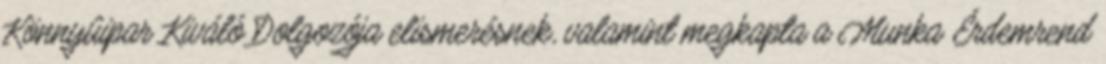
Könnyûipar Kiváló Dolgozója elismerésnek, valamint megkapta a Munka Érdemrend